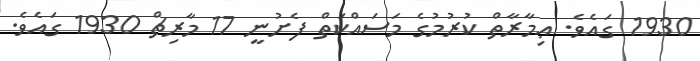
1930 ގައެވެ. ޢިމާރާތް ކުރުމުގެ މަސައްކަތް ފެށުނީ 17 މާރިޗް 1930 ގައެވެ.